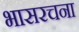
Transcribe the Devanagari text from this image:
भासरचना